Lunatic asylums in Bengal annual reports 1912-1924 - 1912-1924
Year: 1912
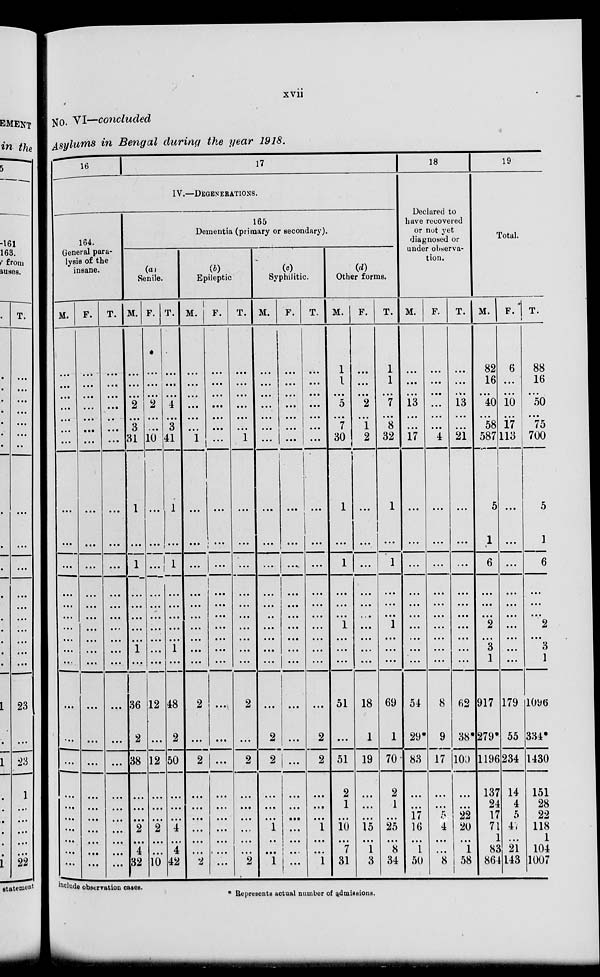
xvii
No. VI—concluded
Asylums in Bengal during the year 1918.
16
17
IV.—DEGENERATIONS.
164.
General para-
lysis of the
insane.
M.
...
...
...
...
...
...
...
...
...
...
...
...
...
...
...
...
...
...
...
...
...
...
...
...
...
...
...
F.
...
...
...
...
...
...
...
...
...
...
...
...
...
...
...
...
...
...
...
...
...
...
...
...
...
...
...
T.
...
...
...
...
...
...
...
...
...
...
...
...
...
...
...
...
...
...
...
...
...
...
...
...
...
...
...
165
Dementia (primary or secondary).
(a)
Senile.
M.
...
...
...
2
...
3
31
1
...
1
...
...
...
...
...
1
...
36
2
38
...
...
...
2
...
4
32
F.
...
...
...
2
...
2
10
...
...
...
...
...
...
...
...
...
...
12
...
12
...
...
...
2
...
...
10
T.
...
...
...
4
...
3
41
1
...
1
...
...
...
...
2
1
...
48
2
50
...
...
...
4
...
4
42
(b)
Epileptic
M.
...
...
...
...
...
...
1
...
...
...
...
...
...
...
...
...
...
2
...
2
...
...
...
...
...
...
2
F.
...
...
...
...
...
...
...
...
...
...
...
.. .
...
...
...
...
...
...
...
...
...
...
...
...
...
...
...
T.
...
...
...
...
...
...
1
...
...
...
...
...
...
...
...
...
...
2
...
2
...
...
...
...
...
...
2
(c)
Syphilitic.
M.
...
...
...
...
...
...
...
...
...
...
...
...
..
...
...
...
...
...
2
2
...
...
...
1
..
...
1
F.
...
...
...
...
...
...
...
...
...
...
...
...
...
...
...
...
...
...
...
...
...
...
...
...
...
...
...
T.
...
...
...
...
...
...
...
...
...
...
...
...
...
...
...
...
...
...
2
2
...
...
...
1
...
...
1
(d)
Other forms.
M.
1
1
...
5
...
7
30
1
...
1
...
...
...
1
...
...
...
51
...
51
2
1
...
10
...
7
31
F.
...
...
.. .
2
...
1
2
...
...
...
...
...
...
...
...
...
...
18
1
19
...
...
...
15
...
1
3
T.
1
1
...
7
. . .
8
32
1
...
1
...
...
...
1
...
...
...
69
1
70
2
1
...
25
...
8
34
18
Declured to
have recovered
or not yet
diagnosed or
under observa-
tion.
M.
...
...
...
13
...
...
17
...
...
...
...
...
...
...
...
...
...
54
29*
83
...
...
17
16
...
1
50
F.
...
.. .
...
...
...
.. .
4
...
...
...
...
...
...
...
...
...
...
8
9
17
...
...
5
4
...
...
8
T.
...
...
...
13
...
...
21
...
...
...
...
...
...
...
...
...
...
62
38*
100
...
...
22
20
...
1
58
19
Total.
M.
82
16
...
40
...
58
587
5
1
6
...
. . .
. . .
2
...
3
1
917
279*
1196
137
24
17
71
1
83
864
F.
6
...
...
10
...
17
113
...
...
...
...
...
...
...
...
. . .
. . .
179
55
234
14
4
5
47
...
21
143
T.
88
16
...
50
...
75
700
5
1
6
...
...
...
2
.. .
3
1
1096
334*
1430
151
28
22
118
1
104
1007
include observation cases.
* Represents actual number of admissions.